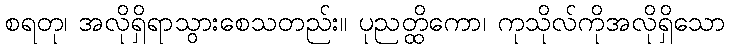
စရတု၊ အလိုရှိရာသွားစေသတည်း။ ပုညတ္ထိကော၊ ကုသိုလ်ကိုအလိုရှိသော